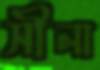
সীনা